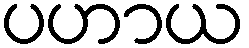
ပဟာယ